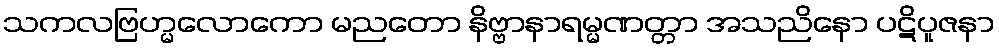
သကလဗြဟ္မလောကော မညတော နိဗ္ဗာနာရမ္မဏတ္တာ အသညိနော ပဋိပူဇနာ